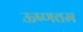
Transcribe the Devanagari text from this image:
ऊष्णतम